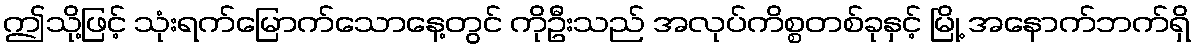
ဤသို့ဖြင့် သုံးရက်မြောက်သောနေ့တွင် ကိုဦးသည် အလုပ်ကိစ္စတစ်ခုနှင့် မြို့ အနောက်ဘက်ရှိ